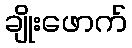
ချိုးဖောက်